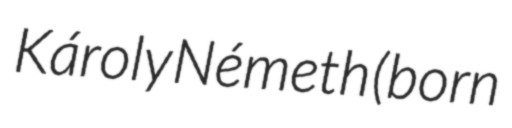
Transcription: Károly Németh (born